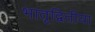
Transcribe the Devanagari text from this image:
भातृद्वितीया